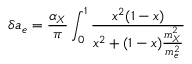
\delta a _ { e } = \frac { \alpha _ { X } } { \pi } \int _ { 0 } ^ { 1 } \frac { x ^ { 2 } ( 1 - x ) } { x ^ { 2 } + ( 1 - x ) \frac { m _ { X } ^ { 2 } } { m _ { e } ^ { 2 } } }